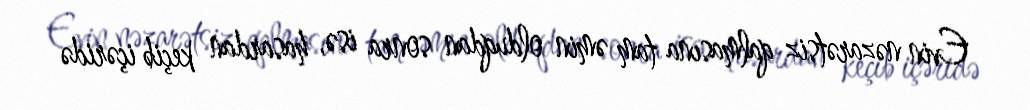
Evin nəzarətsiz qalmasına tam əmin olduqdan sonra isə, hasardan keçib içəridə